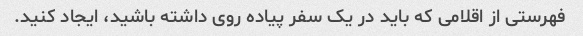
فهرستی از اقلامی که باید در یک سفر پیاده روی داشته باشید، ایجاد کنید.